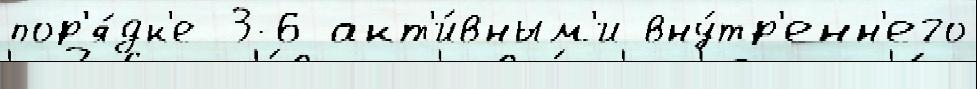
пор'я́дк'е 3-6 акт'и́вным'и вну́тр'енн'его